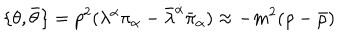
LaTeX: \{ \theta , \bar { \theta } \} = p ^ { 2 } ( \lambda ^ { \alpha } \pi _ { \alpha } - \bar { \lambda } ^ { \dot { \alpha } } \bar { \pi } _ { \dot { \alpha } } ) \approx - m ^ { 2 } ( \rho - \bar { \rho } )